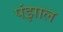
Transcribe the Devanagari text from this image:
पंझाल